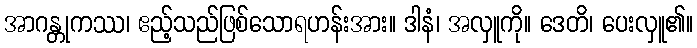
အာဂန္တုကဿ၊ ဧည့်သည်ဖြစ်သောရဟန်းအား။ ဒါနံ၊ အလှူကို။ ဒေတိ၊ ပေးလှူ၏။